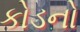
કોડનો